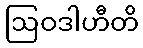
ဩဝဒါဟီတိ